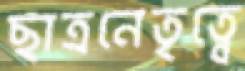
ছাত্রনেতৃত্বে